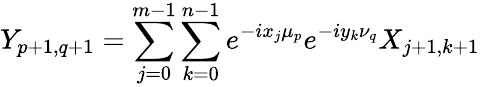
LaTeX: Y_{p+1,q+1}=\sum_{j=0}^{m-1}\sum_{k=0}^{n-1}e^{-ix_{j}\mu_{p}}e^{-iy_{k}\nu_{q}}X_{j+1,k+1}